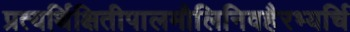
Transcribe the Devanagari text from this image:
प्रत्यर्थिक्षितीपालमौलिनिवहैरभ्यर्चि